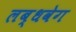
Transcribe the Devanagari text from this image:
लब्धवेग